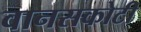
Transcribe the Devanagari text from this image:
वानसकोटी